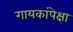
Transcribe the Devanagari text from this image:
गायकांपेक्षा